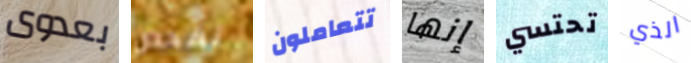
بعدوى نفحص تتعاملون إنها تحتسي الذي